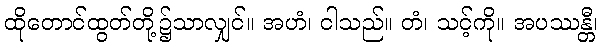
ထိုတောင်ထွတ်တို့၌သာလျှင်။ အဟံ၊ ငါသည်။ တံ၊ သင့်ကို။ အပဿန္တီ၊